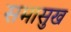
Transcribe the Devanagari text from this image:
समासुख